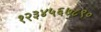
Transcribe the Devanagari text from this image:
१२३४५६७८९०